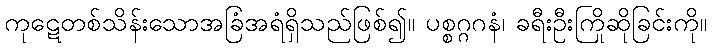
ကုဋေတစ်သိန်းသောအခြံအရံရှိသည်ဖြစ်၍။ ပစ္စဂ္ဂဂနံ၊ ခရီးဦးကြိုဆိုခြင်းကို။